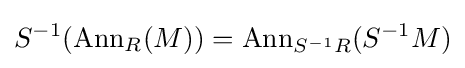
S^{-1}(\operatorname {Ann} _{R}(M))=\operatorname {Ann} _{S^{-1}R}(S^{-1}M)